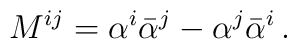
M^{ij}=\alpha^i\bar{\alpha}^j-\alpha^j\bar{\alpha}^i\,.